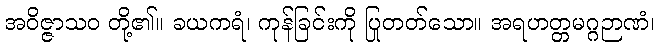
အဝိဇ္ဇာသဝ တို့၏။ ခယကရံ၊ ကုန်ခြင်းကို ပြုတတ်သော။ အရဟတ္တမဂ္ဂဉာဏံ၊